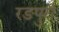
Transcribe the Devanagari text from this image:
रङपुरी